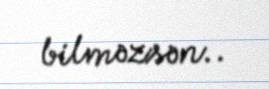
bilməzsən..